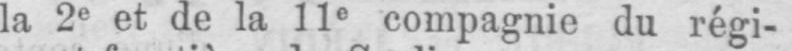
la 2e et de la 11e compagnie du régi-